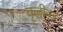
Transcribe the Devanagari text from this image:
वृद्धीवर